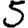
Digit: 5